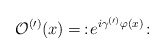
\begin{align*}\mathcal{O}^{(\prime)}(x)=\,:\!e^{i\gamma^{(\prime)}\varphi(x)}\!:\end{align*}